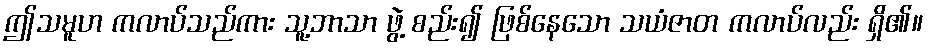
ဤသမူဟ ကလာပ်သည်ကား သူ့ဘာသာ ဖွဲ့ စည်း၍ ဖြစ်နေသော သယံဇာတ ကလာပ်လည်း ရှိ၏။